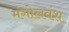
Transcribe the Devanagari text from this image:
मंगोलवंश